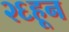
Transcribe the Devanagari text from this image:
२६हून